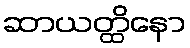
ဆာယတ္ထိနော